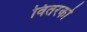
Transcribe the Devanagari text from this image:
वितरको